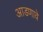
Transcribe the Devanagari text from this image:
आडणावे